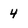
Character: 4